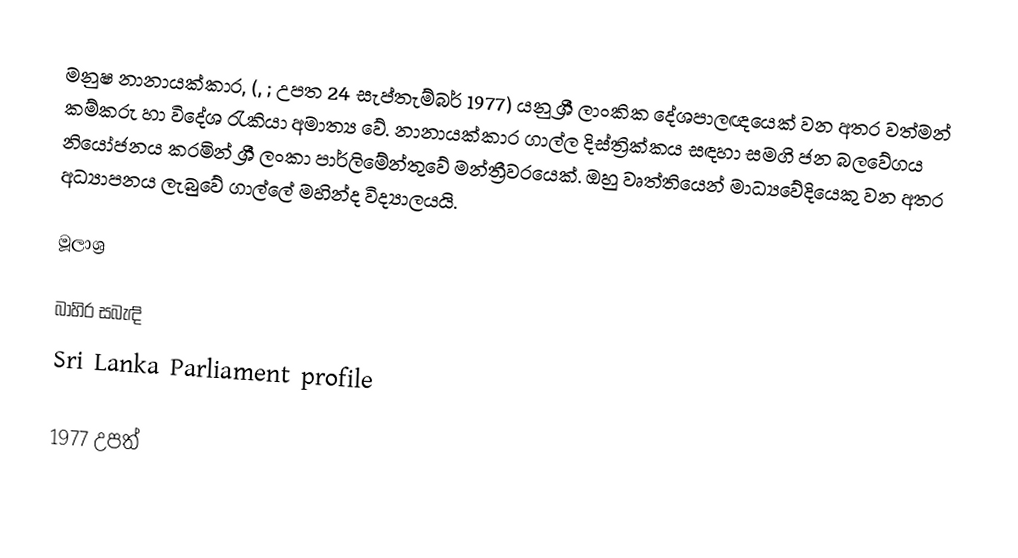
මනුෂ නානායක්කාර, (, ; උපත 24 සැප්තැම්බර් 1977) යනු ශ්‍රී ලාංකික දේශපාලඥයෙක් වන අතර වත්මන් කම්කරු හා විදේශ රැකියා අමාත්‍ය වේ. නානායක්කාර ගාල්ල දිස්ත්‍රික්කය සඳහා සමගි ජන බලවේගය නියෝජනය කරමින් ශ්‍රී ලංකා පාර්ලිමේන්තුවේ මන්ත්‍රීවරයෙක්. ඔහු වෘත්තියෙන් මාධ්‍යවේදියෙකු වන අතර අධ්‍යාපනය ලැබුවේ ගාල්ලේ මහින්ද විද්‍යාලයයි.

මූලාශ්‍ර

බාහිර සබැඳි
Sri Lanka Parliament profile

1977 උපත්